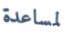
لمساعدة